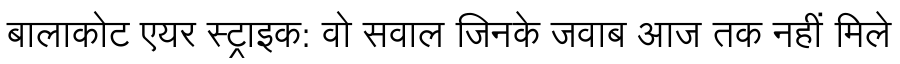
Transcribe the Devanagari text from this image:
बालाकोट एयर स्ट्राइक: वो सवाल जिनके जवाब आज तक नहीं मिले